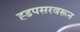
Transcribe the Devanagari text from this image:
ह्डपसरवरून